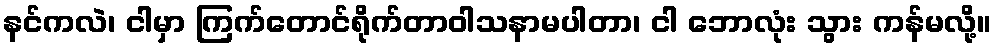
နင်ကလဲ၊ ငါမှာ ကြက်တောင်ရိုက်တာဝါသနာမပါတာ၊ ငါ ဘောလုံး သွား ကန်မလို့။